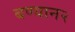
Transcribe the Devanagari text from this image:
बण्यान२